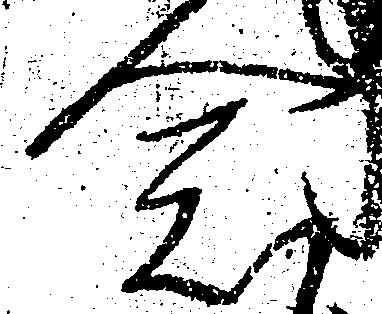
念